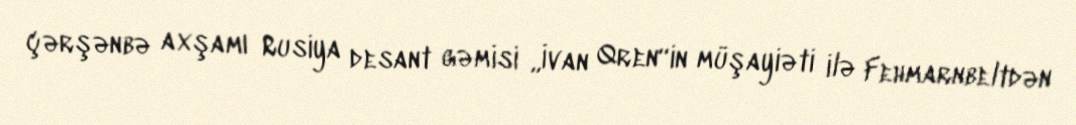
çərşənbə axşamı Rusiya desant gəmisi „İvan Qren“in müşayiəti ilə Fehmarnbeltdən